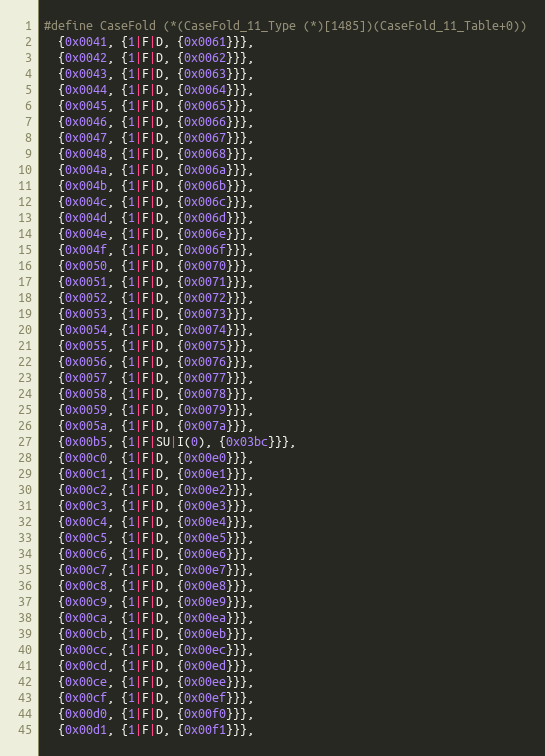
Language: C
#define CaseFold (*(CaseFold_11_Type (*)[1485])(CaseFold_11_Table+0))
  {0x0041, {1|F|D, {0x0061}}},
  {0x0042, {1|F|D, {0x0062}}},
  {0x0043, {1|F|D, {0x0063}}},
  {0x0044, {1|F|D, {0x0064}}},
  {0x0045, {1|F|D, {0x0065}}},
  {0x0046, {1|F|D, {0x0066}}},
  {0x0047, {1|F|D, {0x0067}}},
  {0x0048, {1|F|D, {0x0068}}},
  {0x004a, {1|F|D, {0x006a}}},
  {0x004b, {1|F|D, {0x006b}}},
  {0x004c, {1|F|D, {0x006c}}},
  {0x004d, {1|F|D, {0x006d}}},
  {0x004e, {1|F|D, {0x006e}}},
  {0x004f, {1|F|D, {0x006f}}},
  {0x0050, {1|F|D, {0x0070}}},
  {0x0051, {1|F|D, {0x0071}}},
  {0x0052, {1|F|D, {0x0072}}},
  {0x0053, {1|F|D, {0x0073}}},
  {0x0054, {1|F|D, {0x0074}}},
  {0x0055, {1|F|D, {0x0075}}},
  {0x0056, {1|F|D, {0x0076}}},
  {0x0057, {1|F|D, {0x0077}}},
  {0x0058, {1|F|D, {0x0078}}},
  {0x0059, {1|F|D, {0x0079}}},
  {0x005a, {1|F|D, {0x007a}}},
  {0x00b5, {1|F|SU|I(0), {0x03bc}}},
  {0x00c0, {1|F|D, {0x00e0}}},
  {0x00c1, {1|F|D, {0x00e1}}},
  {0x00c2, {1|F|D, {0x00e2}}},
  {0x00c3, {1|F|D, {0x00e3}}},
  {0x00c4, {1|F|D, {0x00e4}}},
  {0x00c5, {1|F|D, {0x00e5}}},
  {0x00c6, {1|F|D, {0x00e6}}},
  {0x00c7, {1|F|D, {0x00e7}}},
  {0x00c8, {1|F|D, {0x00e8}}},
  {0x00c9, {1|F|D, {0x00e9}}},
  {0x00ca, {1|F|D, {0x00ea}}},
  {0x00cb, {1|F|D, {0x00eb}}},
  {0x00cc, {1|F|D, {0x00ec}}},
  {0x00cd, {1|F|D, {0x00ed}}},
  {0x00ce, {1|F|D, {0x00ee}}},
  {0x00cf, {1|F|D, {0x00ef}}},
  {0x00d0, {1|F|D, {0x00f0}}},
  {0x00d1, {1|F|D, {0x00f1}}},